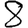
Digit: 8